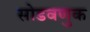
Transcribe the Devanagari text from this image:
सोडवणुक